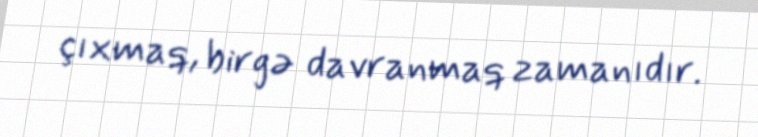
çıxmaq, birgə davranmaq zamanıdır.